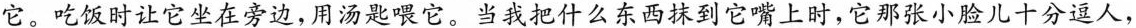
它。吃饭时让它坐在旁边，用汤匙喂它。当我把什么东西抹到它嘴上时，它那张小脸儿十分逗人，